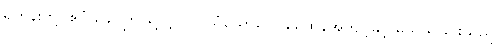
ရဟန်းတို့။ ဧဝံ ခေါ၊ ဤသို့လျှင်။ ဝိသံယောဂေါ၊ မေထုန်အကျင့်နှင့် မယှသ်ခြင်းသည်။